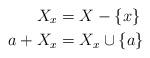
LaTeX: \begin{align*}X_x & = X-\{x\}\\a+X_x &= X_x \cup \{a\} \end{align*}